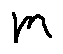
m